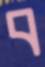
ব